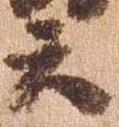
云